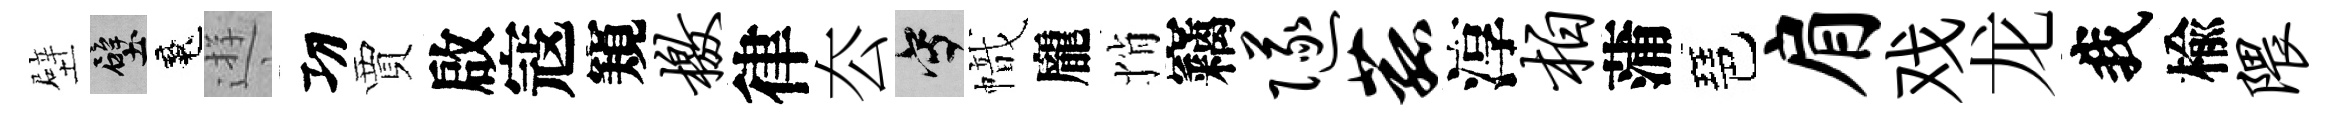
壁壁魂逰㓛賈啟寇窺檄律厺寫幟龐悄竊隧菰淳柏蒲琶肩戏龙我楡隈